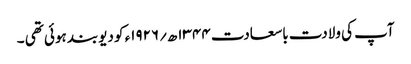
آپ کی ولادت باسعادت ۱۳۴۴ھ؍۱۹۲۶ء کو دیوبند ہوئی تھی ۔